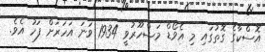
އޮސްކާގެ ގޮތުގައި މި އެވޯޑް މަޝްހޫރުވީ 1934 ވަނަ އަހަރަށް ފަހު އެވެ.